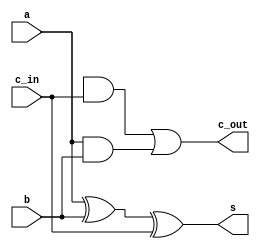
`timescale 1ns / 1ps
//////////////////////////////////////////////////////////////////////////////////
// Company: 
// 
// Design Name: Full Adder Structural
// Module Name: Full_Adder_Structural
// Project Name: 
// Target Devices: 
// Tool Versions: Vivado 2021.2
// Description: 
// 
// Dependencies: 
// 
// Revision:
// Revision 0.01 - File Created
// Additional Comments:
// 
//////////////////////////////////////////////////////////////////////////////////


module Full_Adder_Structural(
    c_out,      // carry out
    s,          // sum
    a,          // a
    b,          // b
    c_in        // carry in
    );
    
    output c_out;
    output s;
    input a;
    input b;
    input c_in;
    
    xor(w1, a, b);
    and(w2, t1, c_in);
    and(w3, a, b);
    
    xor(s, a, b, c_in);
    or(c_out, w2, w3);
endmodule